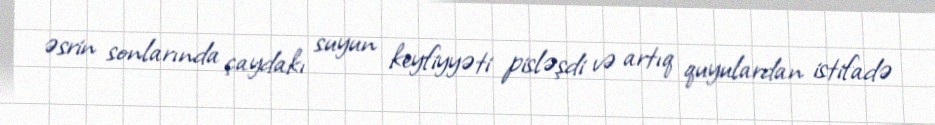
əsrin sonlarında çaydakı suyun keyfiyyəti pisləşdi və artıq quyulardan istifadə